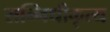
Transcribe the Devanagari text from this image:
सन्निधीकृत्य